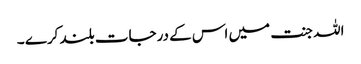
اللہ جنت میں اس کے درجات بلند کرے ۔